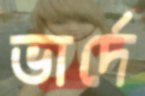
ভার্দে